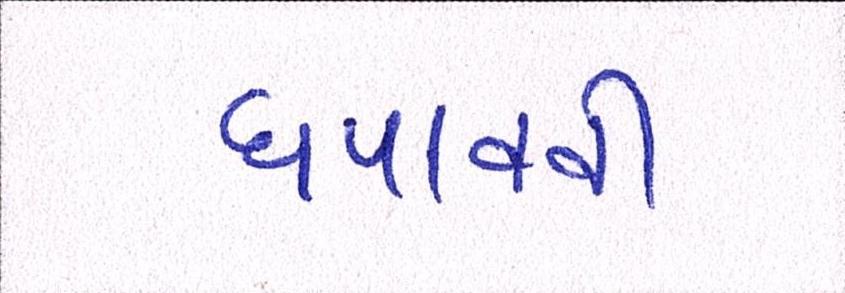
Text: ધપાવવી